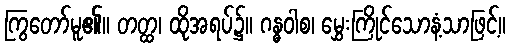
ကြွတော်မူ၏။ တတ္ထ၊ ထိုအရပ်၌။ ဂန္ဓဝါစ၊ မွှေးကြိုင်သောနံ့သာဖြင့်။